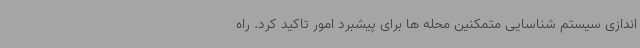
اندازی سیستم شناسایی متمکنین محله ها برای پیشبرد امور تاکید کرد. راه